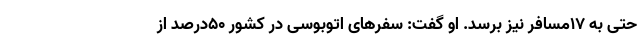
حتی به ۱۷مسافر نیز برسد. او گفت: سفرهای اتوبوسی در کشور ۵۰درصد از